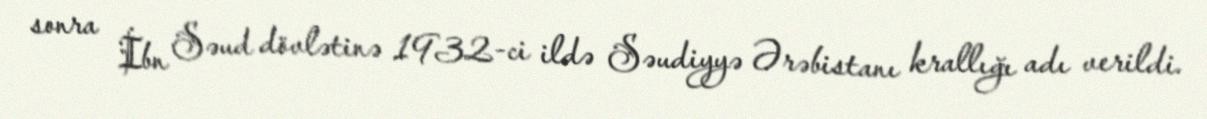
sonra İbn Səud dövlətinə 1932-ci ildə Səudiyyə Ərəbistanı krallığı adı verildi.